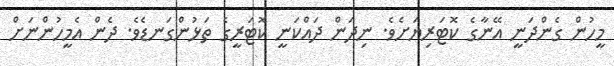
މީހުން ގެންދަނީ އޭނާގެ ކޮޓަރިޔަށެވެ. ނިދަން ދައްކަނީ ކޮޓަރީގެ ތަޅުންގަނޑެވެ. ދެން އެމީހުންނަށް